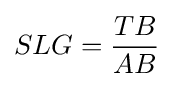
SLG={\frac {TB}{AB}}